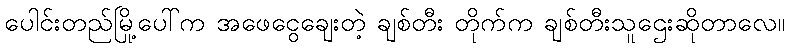
ပေါင်းတည်မြို့ပေါ်က အဖေငွေချေးတဲ့ ချစ်တီး တိုက်က ချစ်တီးသူဌေးဆိုတာလေ။